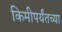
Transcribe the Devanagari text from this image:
किमीपर्यंतच्या